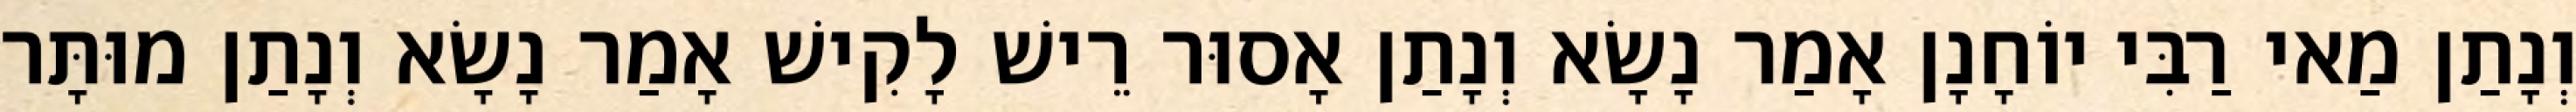
וְנָתַן מַאי רַבִּי יוֹחָנָן אָמַר נָשָׂא וְנָתַן אָסוּר רֵישׁ לָקִישׁ אָמַר נָשָׂא וְנָתַן מוּתָּר